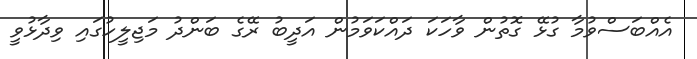
އެއްބަސްވުމާ ގުޅޭ ގޮތުން ވާހަކަ ދައްކަވަމުން އަދީބު ރޭގެ ބަންދު މަޖިލީހުގައި ވިދާޅުވީ